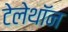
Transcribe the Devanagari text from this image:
टेलेथॉन